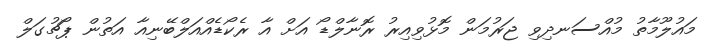
މައުލޫމާތު މުއްސަނދިވި ޖަރުމަން މޮޅުވިއިރު ރޮނާލްޑޯ އަށް އާ ރެކޯޑެއްއަލްބޭނިއާ އަތުން ޕޯޗުގަލް